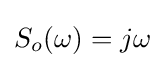
S_{o}(\omega )=j\omega